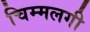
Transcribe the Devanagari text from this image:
चिम्मलगी